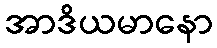
အာဒိယမာနော